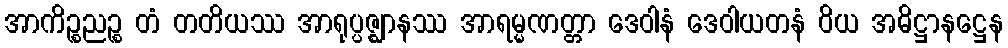
အာကိဉ္စညဉ္စ တံ တတိယဿ အာရုပ္ပဇ္ဈာနဿ အာရမ္မဏတ္တာ ဒေဝါနံ ဒေဝါယတနံ ဝိယ အဓိဋ္ဌာနဋ္ဌေန